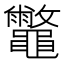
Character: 𪔀